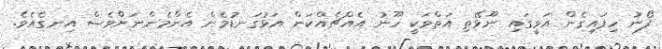
ފޯނު ހިފައިގެން އަވީގައި ނޫޅޭތި އަތްވަކީ ހޫނު އެއްޗެއްކަން އަޅުގަނޑުމެން އެންމެންނަށްވެސް އިނގެއެވެ.